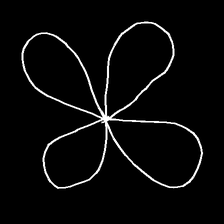
Glyph: billowing